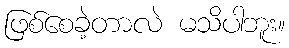
ဖြစ်စေခဲ့တာလဲ မသိပါဘူး။